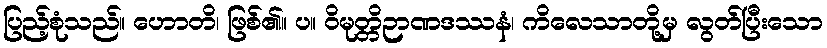
ပြည့်စုံသည်။ ဟောတိ၊ ဖြစ်၏။ ပ။ ဝိမုတ္တိဉာဏဒဿနံ၊ ကိလေသာတို့မှ လွတ်ပြီးသော